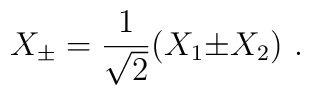
X_{\pm} ={1\over \sqrt{2}}(X_1 {\pm} X_2)~.